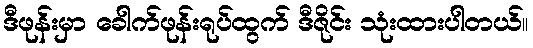
ဒီဖုန်းမှာ ခေါက်ဖုန်းရုပ်ထွက် ဒီဇိုင်း သုံးထားပါတယ်။